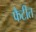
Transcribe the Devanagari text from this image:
फैटीत